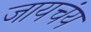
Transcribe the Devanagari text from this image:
जायचंय